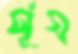
র্সূয